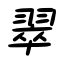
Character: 翠